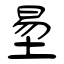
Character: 圼